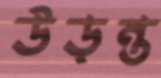
উড়ন্ত